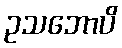
ဥသဘောပိ